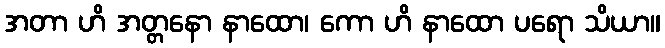
အတာ ဟိ အတ္တနော နာထော၊ ကော ဟိ နာထော ပရော သိယာ။